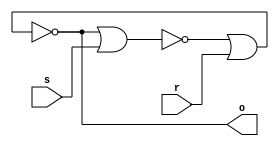
module SR(s, r, o);
    input s, r;
    output o;
    wire sOut, rOut;

    nor(sOut, o, s);
    nor(rOut, sOut, r);
    assign #1 o = rOut;
endmodule